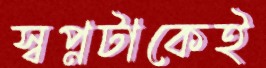
স্বপ্নটাকেই